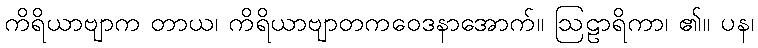
ကိရိယာဗျာက တာယ၊ ကိရိယာဗျာတကဝေဒနာအောက်။ ဩဠာရိကာ၊ ၏။ ပန၊